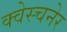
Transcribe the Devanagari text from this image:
क्वेस्चनेर